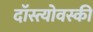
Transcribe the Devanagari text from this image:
दॉस्त्योवस्की